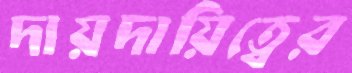
দায়দায়িত্বের